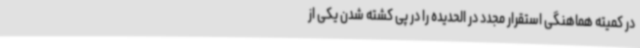
در کمیته هماهنگی استقرار مجدد در الحدیده را در پی کشته شدن یکی از